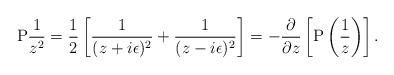
LaTeX: \begin{align*}\textrm{P}\frac{1}{z^2}=\frac{1}{2}\left[\frac{1}{(z + i\epsilon)^2}+ \frac{1}{(z - i\epsilon)^2}\right]=-{\partial \over \partial z} \left[\textrm{P} \left( {1 \over z}\right)\right].\end{align*}